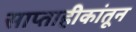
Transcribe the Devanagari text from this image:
साप्ताहीकांतून